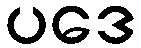
ပဒေ